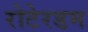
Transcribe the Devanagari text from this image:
रोटेरडम